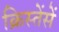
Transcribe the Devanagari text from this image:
क्रिस्तेंसें